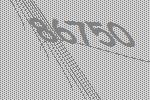
86750